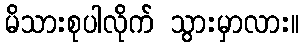
မိသားစုပါလိုက် သွားမှာလား။